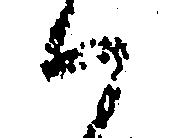
ハ